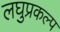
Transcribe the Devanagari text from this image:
लघुप्रकल्प